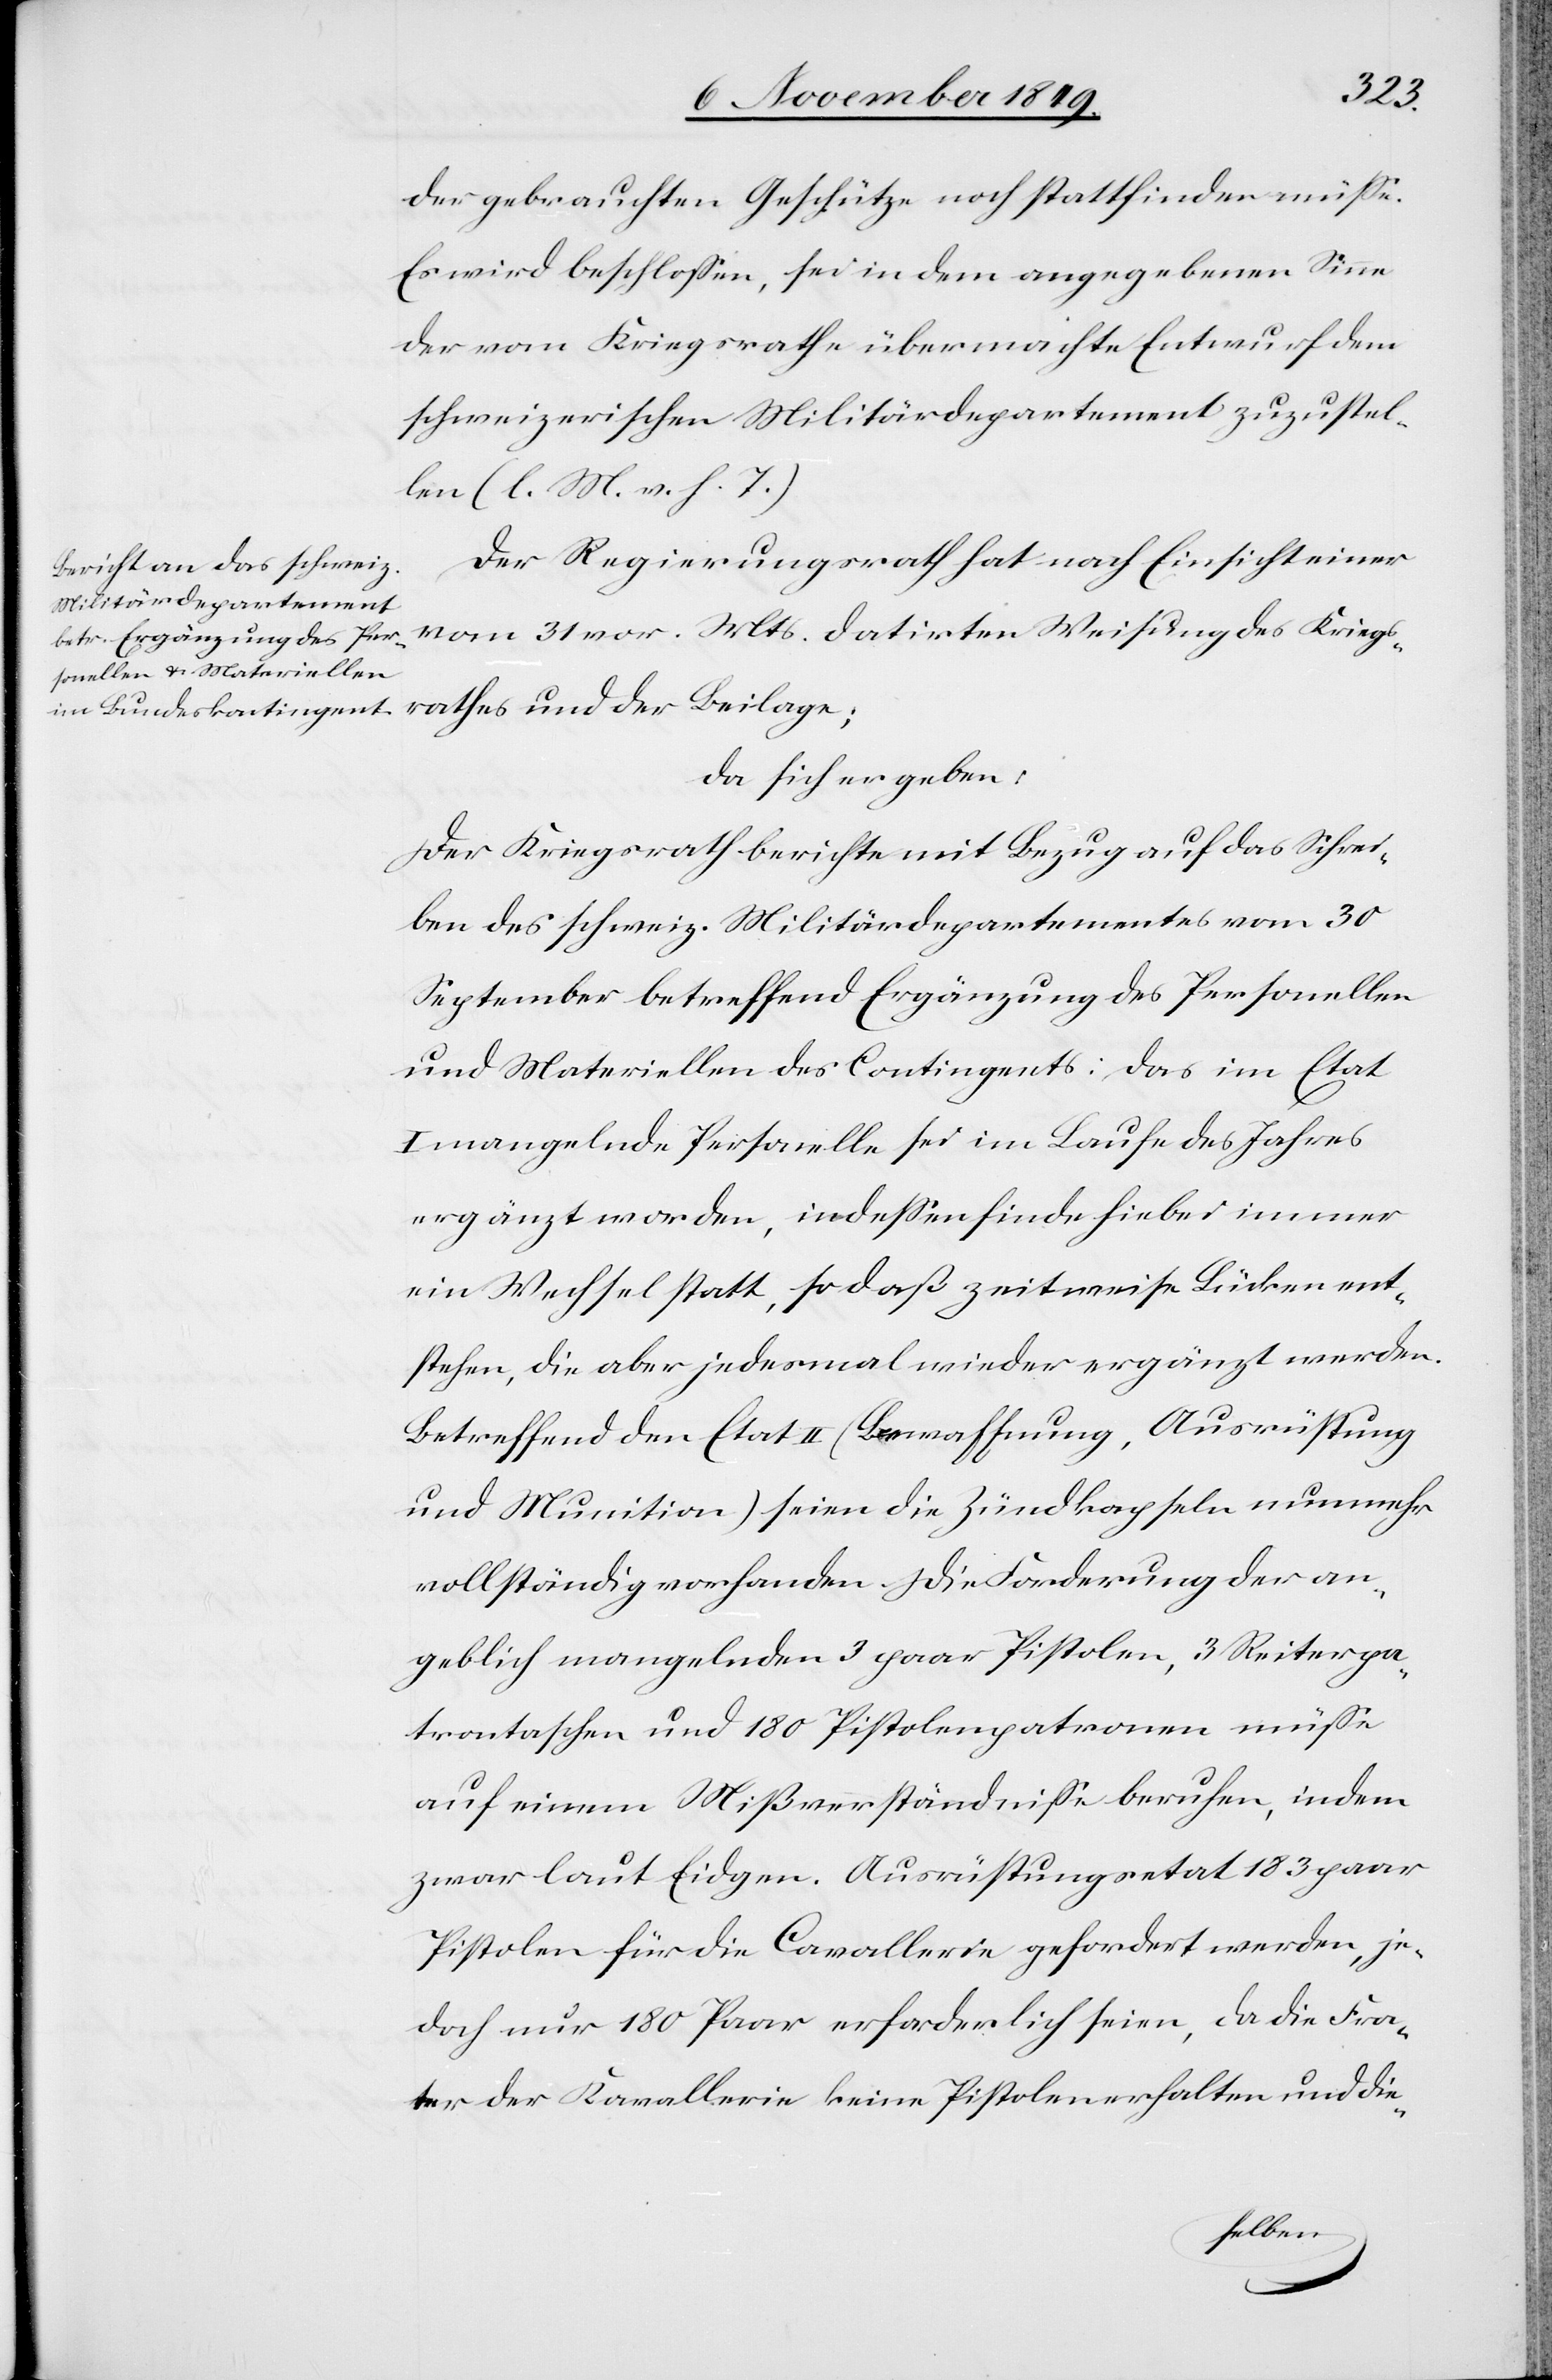
der
der gebrauchten Geschütze noch stattfinden müße.
Es wird beschloßen, es sei in dem angegebenen Sinne
der vom Kriegsrathe übermachte Entwurf dem
schweizerischen Militärdepartement zuzustel¬
len. [l. M. v. h. T]
Der Regierungsrath hat nach Einsicht einer
vom 31 v. Mts. datirten Weisung des Kriegs¬
da sich ergeben:
Der Kriegsrath berichte mit Bezug auf das Schrei¬
ben des schweiz. Militärdepartementes vom 30
September betreffend Ergänzung des Personellen
und Materiellen des Contigents: Das im Etat
I mangelnde Personelle sei im Laufe des Jahres
ergänzt worden, indeßen finde hiebei immer
ein Wechsel statt, so daß zeitweise Lücken ent¬
stehen, die aber jedesmal wieder ergänzt werden.
Betreffend den Etat II (Bewaffnung, Ausrüstung
und Munition) seien die Zündkapseln nunmehr
vollständig vorhanden. Die Forderung der an¬
geblich mangelnden 3 paar Pistolen, 3 Reiterpa¬
trontaschen und 180 Pistolenpatronen müße
auf einem Mißverständniße beruhen, indem
zwar laut Eidgen. Ausrüstungsetat 183 paar
Pistolen für die Cavallerie gefordert werden, je¬
doch nur 180 Paar erforderlich seien, da die Fra¬
ter der Kavallerie keine Pistolen erhalten und die-